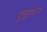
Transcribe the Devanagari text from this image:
डबाभर